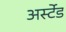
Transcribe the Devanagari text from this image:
अर्स्टेड